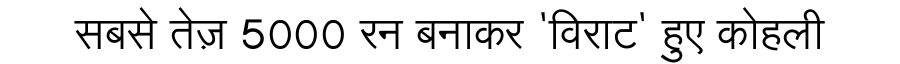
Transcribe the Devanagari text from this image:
सबसे तेज़ 5000 रन बनाकर 'विराट' हुए कोहली